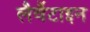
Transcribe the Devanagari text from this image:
लैवैंटाइन